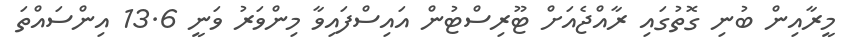
މީރާއިން ބުނި ގޮތުގައި ރާއްޖެއަށް ޓޫރިސްޓުން އައިސްފައިވާ މިންވަރު ވަނީ 13.6 އިންސައްތަ